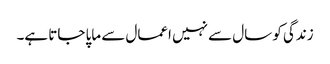
زندگی کو سال سے نہیں اعمال سے ماپا جاتا ہے۔